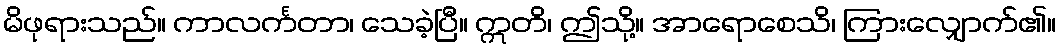
မိဖုရားသည်။ ကာလင်္ကတာ၊ သေခဲ့ပြီ။ ဣတိ၊ ဤသို့။ အာရောစေသိ၊ ကြားလျှောက်၏။